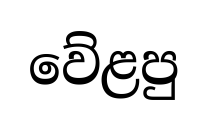
වේළපු